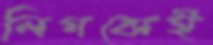
লিগকেই